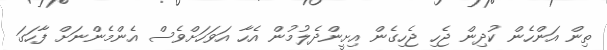
ތިން އަންހެން ކުދިން ޖެހި ޖެހިގެން އިށީންދެލުމުން އެހާ އަވަހަށްވެސް އެންމެންނަށް ފާހަގަ